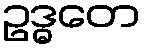
ဥဒ္ဓတေ